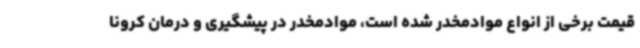
قیمت برخی از انواع موادمخدر شده است، موادمخدر در پیشگیری و درمان کرونا